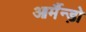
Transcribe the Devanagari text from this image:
आर्मैन्ड़ो